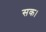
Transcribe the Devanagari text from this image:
सक।